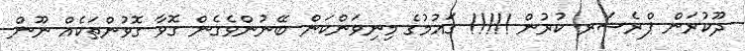
ދޫކުރަން ޕްރެސަރ ކުރުން !!!!! ގައުމުގެ މިނިވަންކަން ބޭނުންވެގެން ގޮވާ ގޮވުންތަކެއް ނޫން